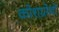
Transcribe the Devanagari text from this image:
कोशग्रोथों